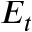
E _ { t }